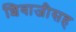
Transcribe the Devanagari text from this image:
शिवाजीसह